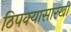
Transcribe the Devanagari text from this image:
ठिपक्यासारखी